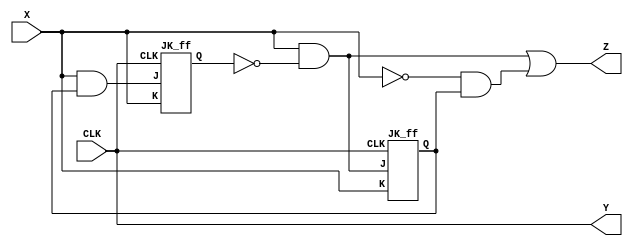
module test_lab2 (X,Y,Z,CLK);
input X, CLK;
output Y, Z;

wire Q1, Q2;

assign Y = CLK;

JK_ff ff1 (X&~Q2,X,CLK,Q1);
JK_ff ff2 (X&Q1,X,CLK,Q2);

assign Z = (X&~Q2)|(~X&Q1);

endmodule


module JK_ff (J,K,CLK,Q);
input J,K,CLK;
output Q;
reg Q;

always@(posedge CLK)
 case({J,K})
  2'b00: Q<=Q;
  2'b01: Q<=1'b0;
  2'b10: Q<=1'b1;
  2'b11: Q<=~Q;
 endcase
endmodule